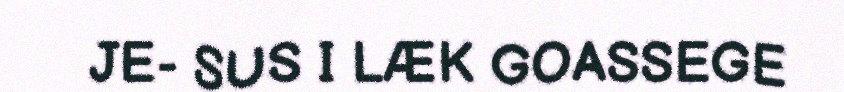
JE- SUS I LÆK GOASSEGE